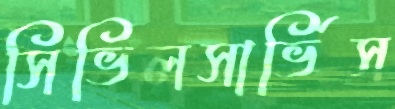
সিভিলসার্ভিস